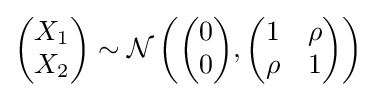
{\begin{pmatrix}X_{1}\\X_{2}\end{pmatrix}}\sim {\mathcal {N}}\left({\begin{pmatrix}0\\0\end{pmatrix}},{\begin{pmatrix}1&\rho \\\rho &1\end{pmatrix}}\right)